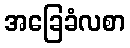
အခြေခံလစာ